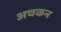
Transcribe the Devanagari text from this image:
अचकन